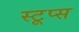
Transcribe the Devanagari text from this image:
स्टूप्स